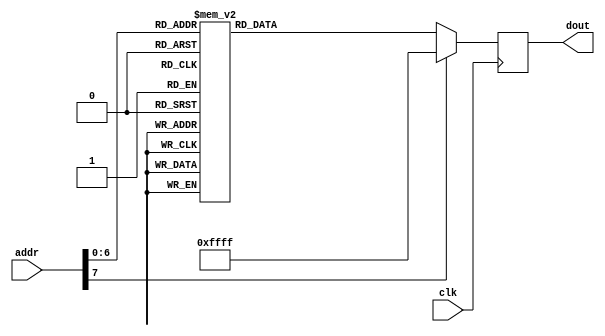
`timescale 1ns / 1ps
//////////////////////////////////////////////////////////////////////////////////
// Company: 
// Engineer: 
// 
// Design Name: 
// Module Name: OV7670_config_rom
// Project Name: 
// Target Devices: 
// Tool Versions: 
// Description: 
// 
// Dependencies: 
// 
// Revision:
// Revision 0.01 - File Created
// Additional Comments:
// 
//////////////////////////////////////////////////////////////////////////////////


module OV7670_config_rom(
    input wire clk,
    input wire [7:0] addr,
    output reg [15:0] dout
    );
    //FFFF is end of rom, FFF0 is delay
    always @(posedge clk) begin
    case(addr) 
    0:  dout <= 16'h12_80; //reset
    1:  dout <= 16'hFF_F0; //delay
    2:  dout <= 16'h12_04; // COM7,     set RGB color output
    3:  dout <= 16'h11_80; // CLKRC     internal PLL matches input clock
    4:  dout <= 16'h0C_00; // COM3,     default settings
    5:  dout <= 16'h3E_00; // COM14,    no scaling, normal pclock
    6:  dout <= 16'h04_00; // COM1,     disable CCIR656
    7:  dout <= 16'h40_d0; //COM15,     RGB565, full output range
    8:  dout <= 16'h3a_04; //TSLB       set correct output data sequence (magic)
    9:  dout <= 16'h14_18; //COM9       MAX AGC value x4
    10: dout <= 16'h4F_B3; //MTX1       all of these are magical matrix coefficients
    11: dout <= 16'h50_B3; //MTX2
    12: dout <= 16'h51_00; //MTX3
    13: dout <= 16'h52_3d; //MTX4
    14: dout <= 16'h53_A7; //MTX5
    15: dout <= 16'h54_E4; //MTX6
    16: dout <= 16'h58_9E; //MTXS
    17: dout <= 16'h3D_C0; //COM13      sets gamma enable, does not preserve reserved bits, may be wrong?
    18: dout <= 16'h17_14; //HSTART     start high 8 bits
    19: dout <= 16'h18_02; //HSTOP      stop high 8 bits //these kill the odd colored line
    20: dout <= 16'h32_80; //HREF       edge offset
    21: dout <= 16'h19_03; //VSTART     start high 8 bits
    22: dout <= 16'h1A_7B; //VSTOP      stop high 8 bits
    23: dout <= 16'h03_0A; //VREF       vsync edge offset
    24: dout <= 16'h0F_41; //COM6       reset timings
    25: dout <= 16'h1E_00; //MVFP       disable mirror / flip //might have magic value of 03
    26: dout <= 16'h33_0B; //CHLF       //magic value from the internet
    27: dout <= 16'h3C_78; //COM12      no HREF when VSYNC low
    28: dout <= 16'h69_00; //GFIX       fix gain control
    29: dout <= 16'h74_00; //REG74      Digital gain control
    30: dout <= 16'hB0_84; //RSVD       magic value from the internet *required* for good color
    31: dout <= 16'hB1_0c; //ABLC1
    32: dout <= 16'hB2_0e; //RSVD       more magic internet values
    33: dout <= 16'hB3_80; //THL_ST
    //begin mystery scaling numbers
    34: dout <= 16'h70_3a;
    35: dout <= 16'h71_35;
    36: dout <= 16'h72_11;
    37: dout <= 16'h73_f0;
    38: dout <= 16'ha2_02;
    //gamma curve values
    39: dout <= 16'h7a_20;
    40: dout <= 16'h7b_10;
    41: dout <= 16'h7c_1e;
    42: dout <= 16'h7d_35;
    43: dout <= 16'h7e_5a;
    44: dout <= 16'h7f_69;
    45: dout <= 16'h80_76;
    46: dout <= 16'h81_80;
    47: dout <= 16'h82_88;
    48: dout <= 16'h83_8f;
    49: dout <= 16'h84_96;
    50: dout <= 16'h85_a3;
    51: dout <= 16'h86_af;
    52: dout <= 16'h87_c4;
    53: dout <= 16'h88_d7;
    54: dout <= 16'h89_e8;
    //AGC and AEC
    54: dout <= 16'h13_e0; //COM8, disable AGC / AEC
    55: dout <= 16'h00_00; //set gain reg to 0 for AGC
    56: dout <= 16'h10_00; //set ARCJ reg to 0
    57: dout <= 16'h0d_40; //magic reserved bit for COM4
    58: dout <= 16'h14_18; //COM9, 4x gain + magic bit
    59: dout <= 16'ha5_05; // BD50MAX
    60: dout <= 16'hab_07; //DB60MAX
    61: dout <= 16'h24_95; //AGC upper limit
    62: dout <= 16'h25_33; //AGC lower limit
    63: dout <= 16'h26_e3; //AGC/AEC fast mode op region
    64: dout <= 16'h9f_78; //HAECC1
    65: dout <= 16'ha0_68; //HAECC2
    66: dout <= 16'ha1_03; //magic
    67: dout <= 16'ha6_d8; //HAECC3
    68: dout <= 16'ha7_d8; //HAECC4
    69: dout <= 16'ha8_f0; //HAECC5
    70: dout <= 16'ha9_90; //HAECC6
    71: dout <= 16'haa_94; //HAECC7
    72: dout <= 16'h13_e5; //COM8, enable AGC / AEC
    default: dout <= 16'hFF_FF;         //mark end of ROM
    endcase
    
    end
endmodule